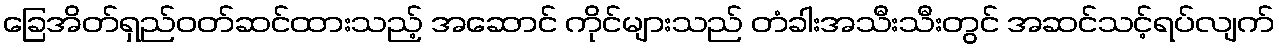
ခြေအိတ်ရှည်ဝတ်ဆင်ထားသည့် အဆောင် ကိုင်များသည် တံခါးအသီးသီးတွင် အဆင်သင့်ရပ်လျက်